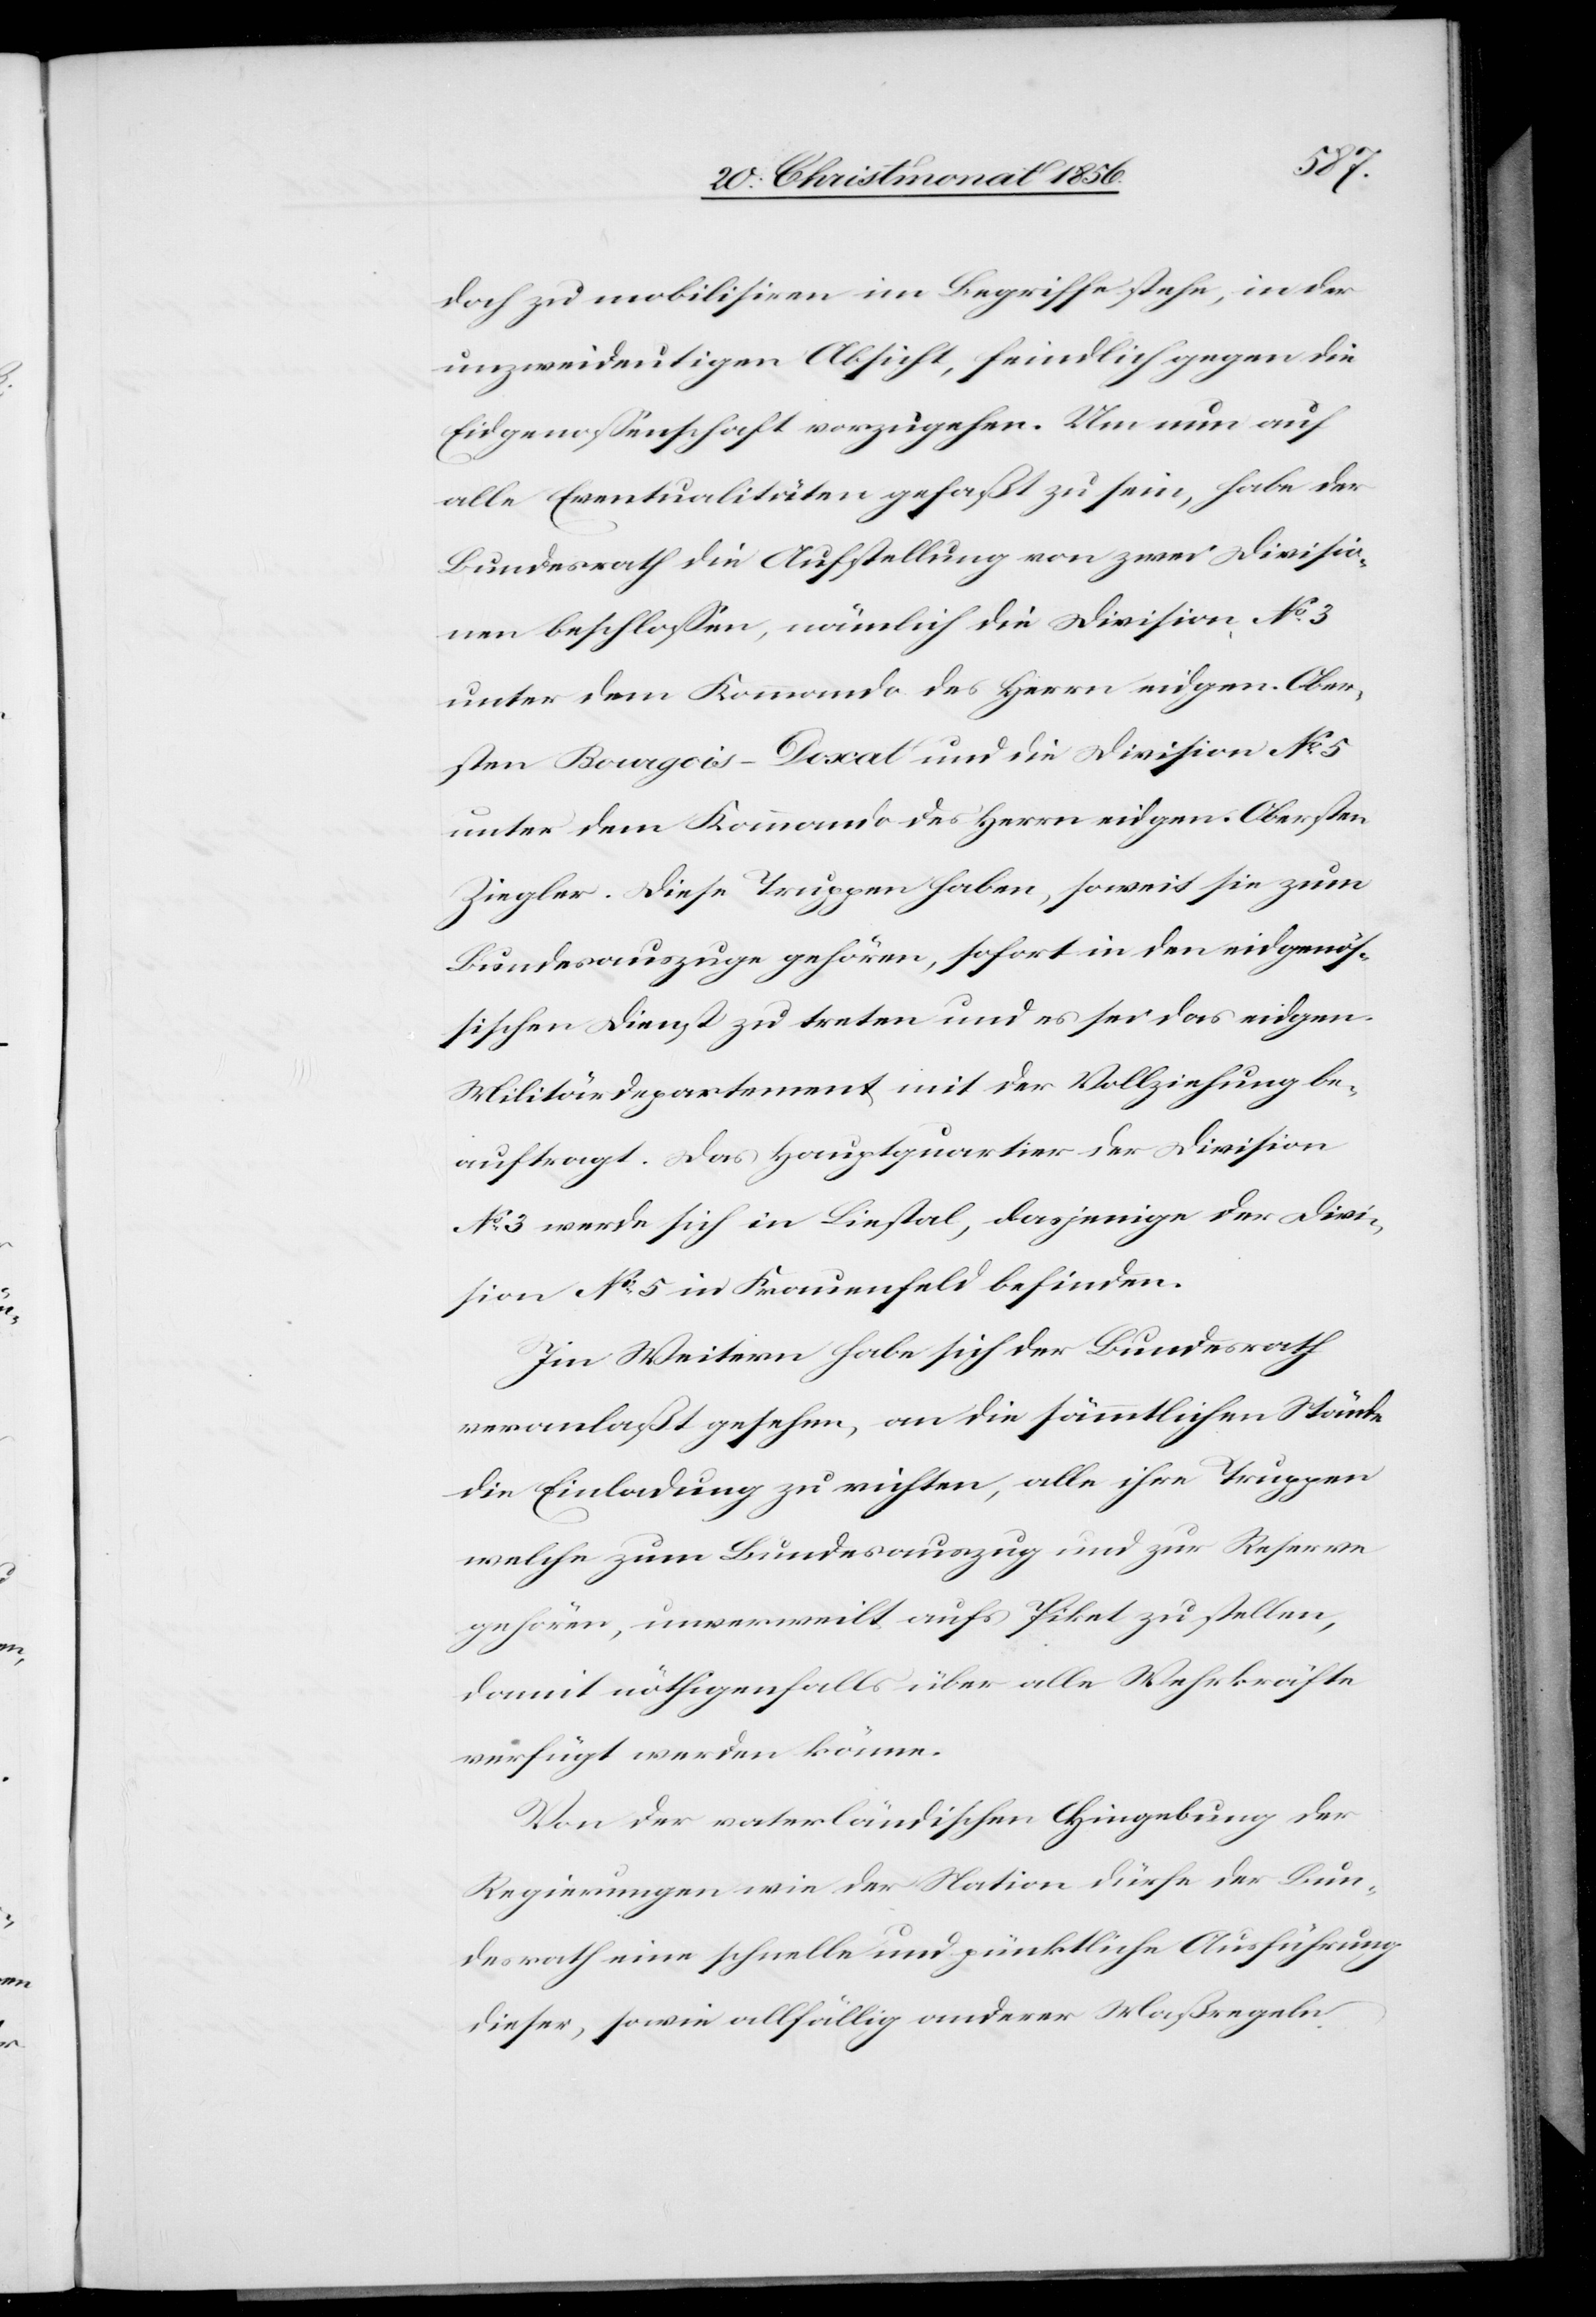
doch zu mobilisiren im Begriffe stehe, in der
unzweideutigen Absicht, feindlich gegen die
Eidgenossenschaft vorzugehen. Um nun auf
alle Eventualitäten gefaßt zu sein, habe der
Bundesrath die Aufstellung von zwei Divisio¬
nen beschlossen, nämlich die Division No 3
unter dem Kommando des Herrn eidgen. Ober¬
sten Bourgois-Doxat und die Division No 5
unter dem Kommando des Herrn eidgen. Obersten
Ziegler. Diese Truppen haben, soweit sie zum
Bundesauszuge gehören, sofort in den eidgenös¬
sischen Dienst zu treten und es sei das eidgen.
Militärdepartement mit der Vollziehung be¬
auftragt. Das Hauptquartier der Division
No 3 werde sich in Liestal, dasjenige der Divi¬
sion No 5 in Frauenfeld befinden.
Im Weitern habe sich der Bundesrath
veranlaßt gesehen, an die sämmtlichen Stände
die Einladung zu richten, all ihre Truppen
welche zum Bundesauszug und zur Reserve
gehören, unverweilt aufs Piket zu stellen,
damit nöthigenfalls über alle Wehrkräfte
verfügt werden könne.
Von der vaterländischen Hingebung der
Regierungen wie der Nation dürfe der Bun¬
desrath eine schnelle und pünktliche Ausführung
dieser, sowie allfällig anderer Maßregeln